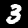
Label: 3